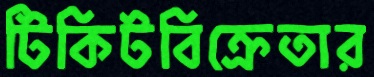
টিকিটবিক্রেতার